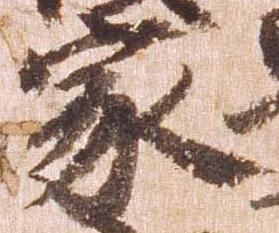
家